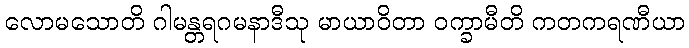
လောမသောတိ ဂါမန္တရဂမနာဒီသု မာယာဝိတာ ဝက္ခာမီတိ ကတကရဏီယာ